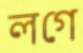
লগে